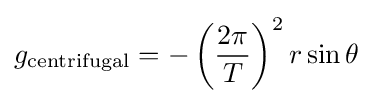
g_{\rm {centrifugal}}=-\left({\frac {2\pi }{T}}\right)^{2}r\sin \theta